Sanitation, dispensaries and jails vaccination Rajputana 1922-1927 - 1922-1927
Year: 1922
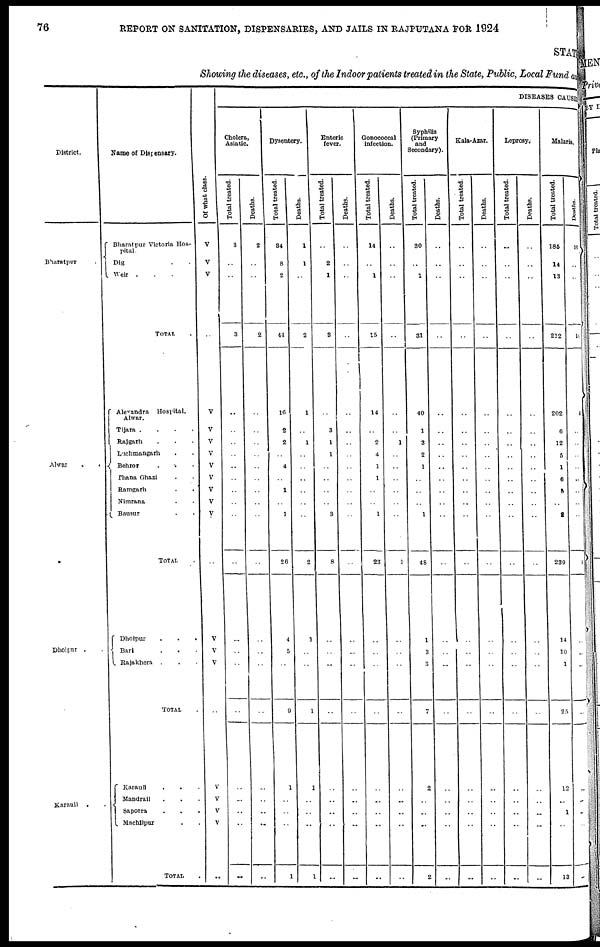
76
REPORT ON SANITATION, DISPENSARIES, AND JAILS IN RAJPUTANA FOR 1924
STATE
Showing the diseases, etc., of the Indoor patients treated in the State, Public, Local Fund and
District.
Bharatpur
Alwar
.
.
Dholpur . .
Karauli .
Name of Dispensary.
Bharatpur Victoria Hos-
pital.
Dig . .
Weir . . .
TOTAL .
Alexandra Hospital,
Alwar.
Tijara .
.
.
.
Rajgarh . . .
Luchmangarh . .
Behror
.
. .
Thana Ghazi . .
Ramgarh . .
Nimrana . .
Bausur . .
TOTAL .
Dholpur
.
.
.
Bari . . .
Rajakhera . . .
TOTAL .
Karauli . . .
Mandrail . . .
Sapotra . . .
Machilpur . .
TOTAL .
Of what class.
V
V
V
..
V
V
V
V
V
V
V
V
V
..
V
V
V
..
V
V
V
V
..
DISEASES CAUSES
Cholera,
Asiatic.
Total treated.
3
..
..
3
..
..
..
..
..
..
..
..
..
..
..
..
..
..
..
..
..
..
..
Deaths.
2
..
..
2
..
..
..
..
..
..
..
..
..
..
..
..
..
..
..
..
..
..
..
Dysentery.
Total treated.
34
8
2
44
16
2
2
..
4
..
1
..
1
26
4
5
..
9
1
..
..
..
1
Deaths.
1
1
..
2
1
..
1
..
..
..
..
..
..
2
1
..
..
1
1
..
..
..
1
Enteric
fever.
Total treated.
..
2
1
3
..
3
1
1
..
..
..
..
3
8
..
..
..
..
..
..
..
..
..
Deaths.
..
..
..
..
..
..
..
..
..
..
..
..
..
..
..
..
..
..
..
..
..
..
..
Gonococcal
infection.
Total treated.
14
..
1
15
14
..
2
4
1
1
..
..
1
23
..
..
..
..
..
..
..
..
..
Deaths.
..
..
..
..
..
..
1
..
..
..
..
..
..
1
..
..
..
..
..
..
..
..
..
Syphilis
(Primary
and
Secondary).
Total treated.
30
..
1
31
40
1
3
2
1
..
..
..
1
48
1
3
..
7
2
..
..
..
2
Deaths.
..
..
..
..
..
..
..
..
..
..
..
..
..
..
..
..
..
..
..
..
..
..
..
Kala-Azar.
Total treated.
..
..
..
..
..
..
..
..
..
..
..
..
..
..
..
..
..
..
..
..
..
..
..
Deaths.
..
..
..
..
..
..
..
..
..
..
..
..
..
..
..
..
..
..
..
..
..
..
..
Leprosy.
Total treated.
..
..
..
..
..
..
..
..
..
..
..
..
..
..
..
..
..
..
..
..
..
..
..
Deaths.
..
..
..
..
..
..
..
..
..
..
..
..
..
..
..
..
..
..
..
..
..
..
..
Malaria.
Total treated.
185
14
13
212
202
6
12
5
1
6
5
..
2
239
14
10
1
25
12
..
1
..
13
Deaths.
10
..
..
10
4
..
..
..
..
..
..
..
..
4
..
..
..
..
..
..
..
..
..